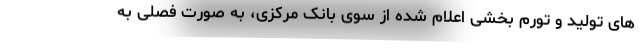
های تولید و تورم بخشی اعلام شده از سوی بانک مرکزی، به صورت فصلی به